Scientific memoirs by medical officers of the Army of India - Part X,
Year: 1897
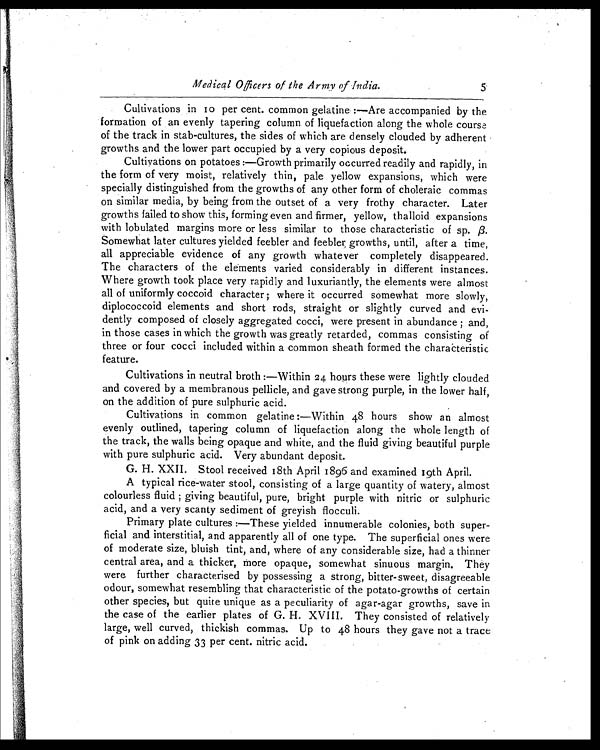
Medical Officers of the Army of India .
5
Cultivations in 10 per cent. common gelatine :—Are accompanied by the
formation of an evenly tapering column of liquefaction along the whole course
of the track in stab-cultures, the sides of which are densely clouded by adherent
growths and the lower part occupied by a very copious deposit.
Cultivations on potatoes :—Growth primarily occurred readily and rapidly, in
the form of very moist, relatively thin, pale yellow expansions, which were
specially distinguished from the growths of any other form of choleraic commas
on similar media, by being from the outset of a very frothy character. Later
growths failed to show this, forming even and firmer, yellow, thalloid expansions
with lobulated margins more or less similar to those characteristic of sp. β.
Somewhat later cultures yielded feebler and feebler, growths, until, after a time,
all appreciable evidence of any growth whatever completely disappeared.
The characters of the elements varied considerably in different instances.
Where growth took place very rapidly and luxuriantly, the elements were almost
all of uniformly coccoid character ; where it occurred somewhat more slowly,
diplococcoid elements and short rods, straight or slightly curved and evi
-dently composed of closely aggregated cocci, were present in abundance ; and,
in those cases in which the growth was greatly retarded, commas consisting of
three or four cocci included within a common sheath formed the characteristic
feature.
Cultivations in neutral broth :—Within 24 hours these were lightly clouded
and covered by a membranous pellicle, and gave strong purple, in the lower half,
on the addition of pure sulphuric acid.
Cultivations in common gelatine :—Within 48 hours show an almost
evenly outlined, tapering column of liquefaction along the whole length of
the track, the walls being opaque and white, and the fluid giving beautiful purple
with pure sulphuric acid. Very abundant deposit.
G. H. XXI I . St ool r ecei ved 18t h Apr i l 1896 and exami ned 19t h Apr i l .
A typical rice-water stool, consisting of a large quantity of watery, almost
colourless fluid ; giving beautiful, pure, bright purple with nitric or sulphuric
acid, and a very scanty sediment of greyish flocculi.
Primary plate cultures :—These yielded innumerable colonies, both super-
ficial and interstitial, and apparently all of one type. The superficial ones were
of moderate size, bluish tint, and, where of any considerable size, had a thinner
central area, and a thicker, more opaque, somewhat sinuous margin. They
were further characterised by possessing a strong, bitter-sweet, disagreeable
odour, somewhat resembling that characteristic of the potato-growths of certain
other species, but quite unique as a peculiarity of agar-agar growths, save in
the case of the earlier plates of G. H. XVIII. They consisted of relatively
large, well curved, thickish commas. Up to 48 hours they gave not a trace
of pink on adding 33 per cent. nitric acid.